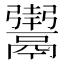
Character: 𬴸